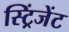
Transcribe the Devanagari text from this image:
स्ट्रिंजेंट